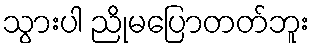
သွားပါ ညိုမပြောတတ်ဘူး